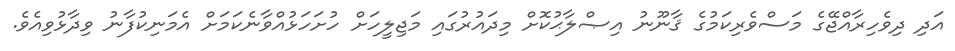
އަދި ދިވެހިރާއްޖޭގެ މަސްވެރިކަމުގެ ޤާނޫނު އިޞްލާޙުކޮށް މިދައުރުގައި މަޖިލީހަށް ހުށަހަޅުއްވާނެކަމަށް އެމަނިކުފާނު ވިދާޅުވިއެވެ.